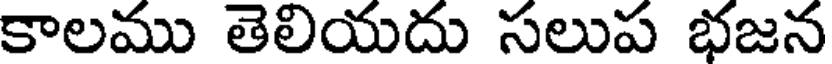
కాలము తెలియదు సలుప భజన